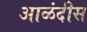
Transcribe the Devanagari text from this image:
आळंदीस